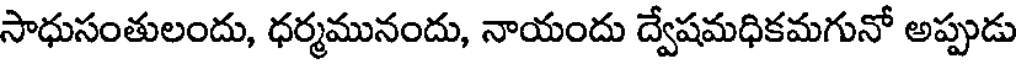
సాధుసంతులందు, ధర్మమునందు, నాయందు ద్వేషమధికమగునో అప్పుడు